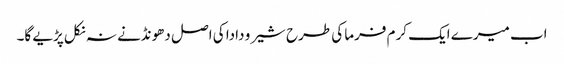
اب میرے ایک کرم فرما کی طرح شیرو دادا کی اصل دھونڈنے نہ نکل پڑیے گا۔